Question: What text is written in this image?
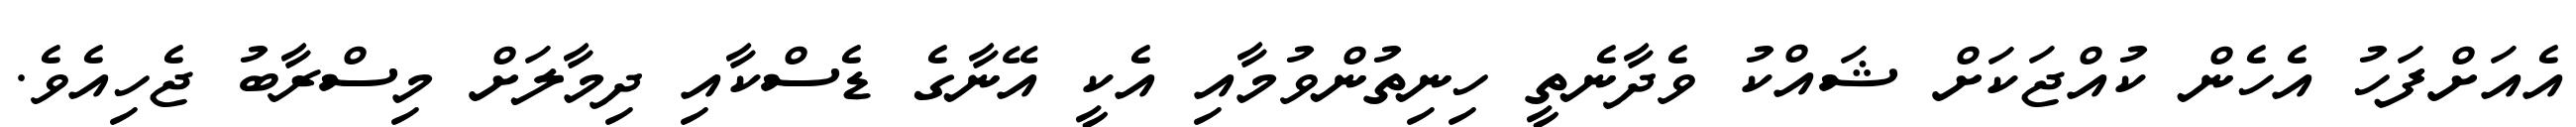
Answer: އެއަށްފަހު އެހެން ކުއްޖަކަށް ޝައްކު ވެދާނެތީ ހިނިތުންވުމާއި އެކީ އޭނާގެ ޑެސްކާއި ދިމާލަށް މިސްރާބު ޖެހިއެވެ.